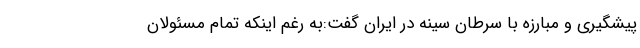
پیشگیری و مبارزه با سرطان سینه در ایران گفت:به‌ رغم اینکه تمام مسئولان